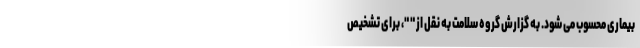
بیماری محسوب می شود. به گزارش گروه سلامت به نقل از " "، برای تشخیص